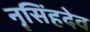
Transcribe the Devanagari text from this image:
नॄसिंहदेव